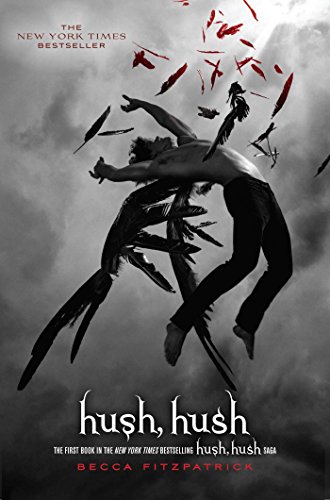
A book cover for Hush, Hush (The Hush, Hush Saga); Becca Fitzpatrick; Teen & Young Adult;